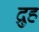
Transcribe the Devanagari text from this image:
द्रुह